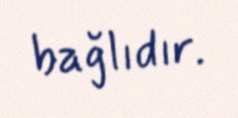
bağlıdır.